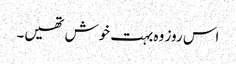
اس روز وہ بہت خوش تھیں۔